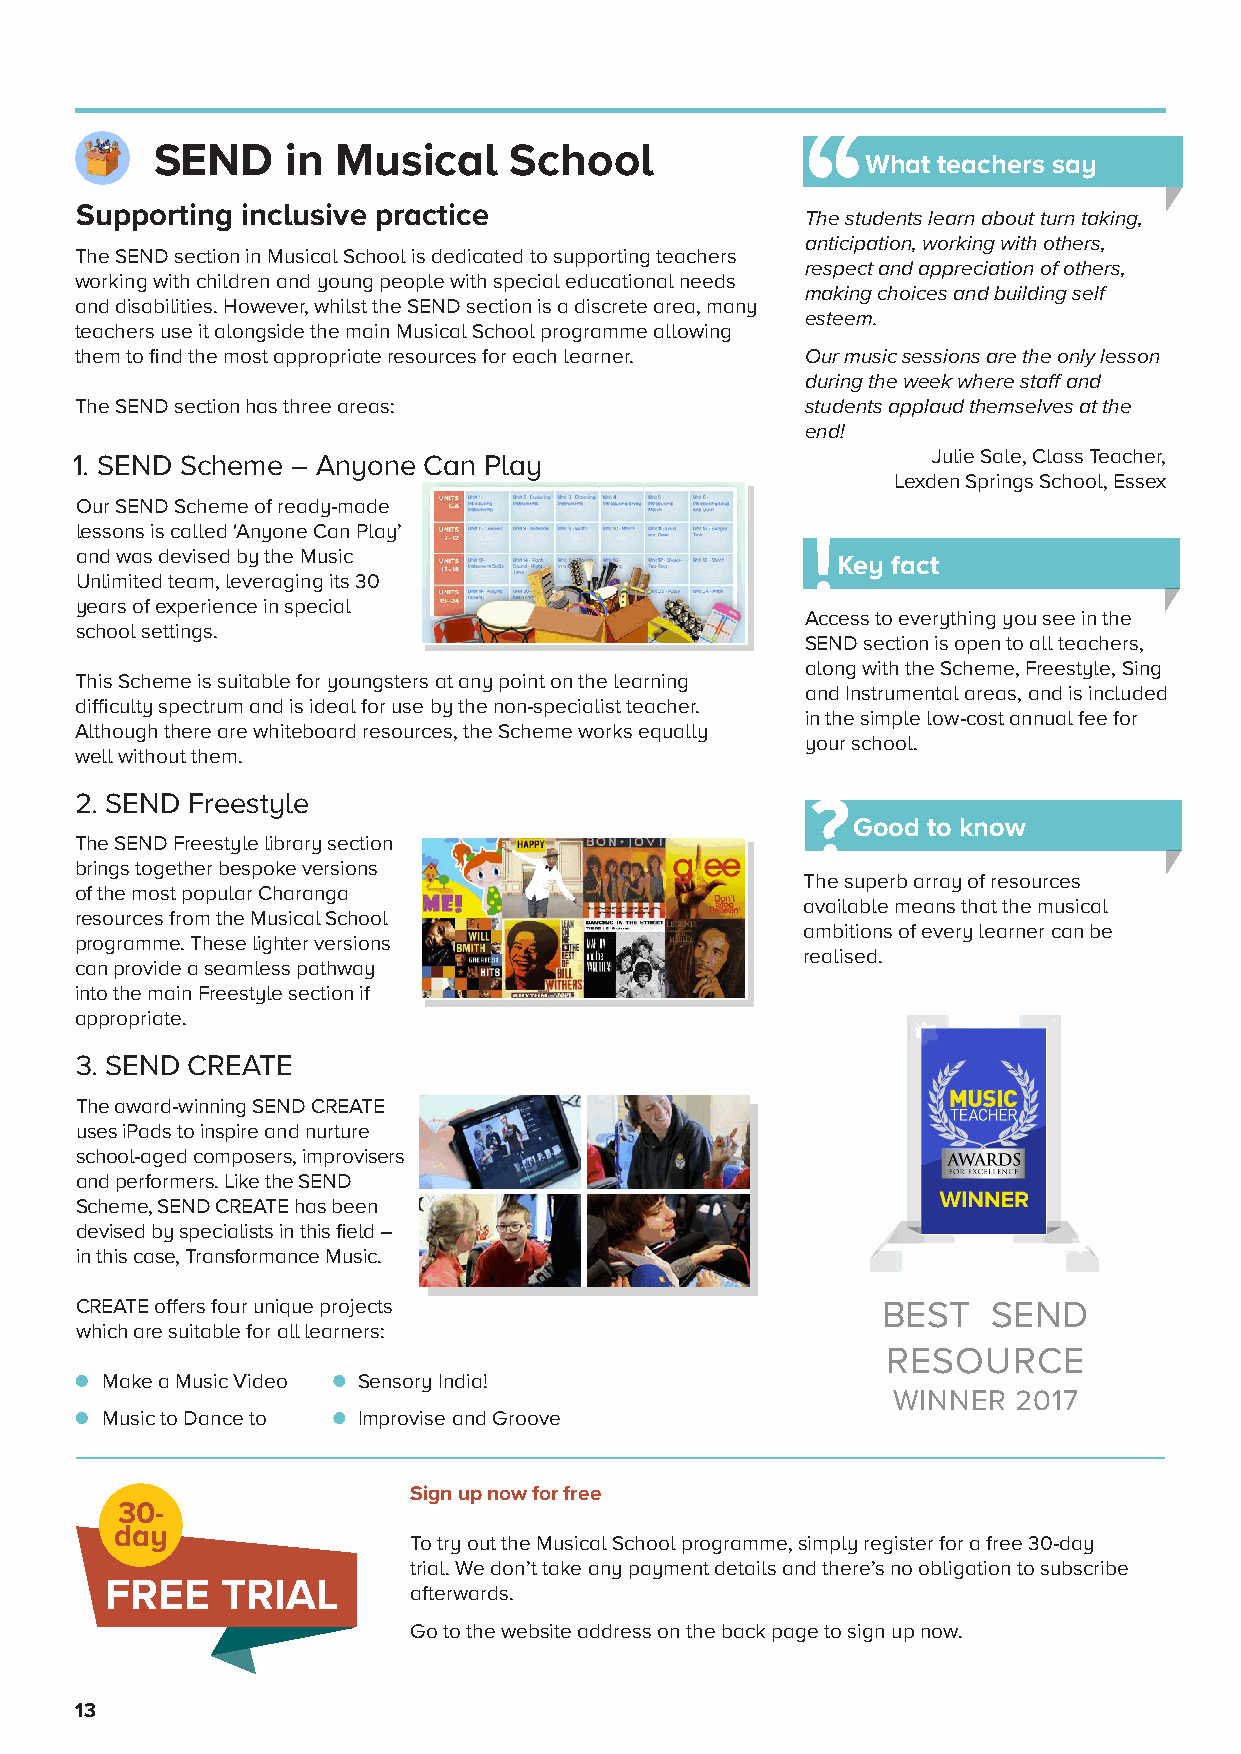
SEND     in Musical     School
 What teachers say
 Supporting inclusive practice                   The students learn about turn taking,
 anticipation, working with others,
 The SEND section in Musical School is dedicated to supporting teachers
 respect and appreciation of others,
 working with children and young people with special educational needs
 making choices and building self
 and disabilities. However, whilst the SEND section is a discrete area, many
 esteem.
 teachers use it alongside the main Musical School programme allowing
 them to find the most appropriate resources for each learner. Our music sessions are the only lesson
 during the week where staff and
 The SEND section has three areas:               students applaud themselves at the
 end!
 Julie Sale, Class Teacher,
 1. SEND Scheme – Anyone Can Play
 Lexden Springs School, Essex
 Our SEND Scheme of ready-made
 lessons is called ‘Anyone Can Play’
 and was devised by the Music
 Key fact
 Unlimited team, leveraging its 30
 years of experience in special
 Access to everything you see in the
 school settings.
 SEND section is open to all teachers,
 along with the Scheme, Freestyle, Sing
 This Scheme is suitable for youngsters at any point on the learning
 and Instrumental areas, and is included
 difficulty spectrum and is ideal for use by the non-specialist teacher.
 in the simple low-cost annual fee for
 Although there are whiteboard resources, the Scheme works equally
 your school.
 well without them.
 2. SEND Freestyle
 ?
 Good to know
 The SEND Freestyle library section
 brings together bespoke versions
 The superb array of resources
 of the most popular Charanga
 available means that the musical
 resources from the Musical School
 ambitions of every learner can be
 programme. These lighter versions
 realised.
 can provide a seamless pathway
 into the main Freestyle section if
 appropriate.
 3. SEND CREATE
 The award-winning SEND CREATE
 uses iPads to inspire and nurture
 school-aged composers, improvisers
 and performers. Like the SEND
 Scheme, SEND CREATE has been
 devised by specialists in this field –
 in this case, Transformance Music.
 CREATE offers four unique projects                   BEST    SEND
 which are suitable for all learners:
 RESOURCE
 Make a Music Video Sensory India!
 WINNER  2017
 Music to Dance to Improvise and Groove
 Sign up now for free
 30-
 day
 To try out the Musical School programme, simply register for a free 30-day
 trial. We don’t take any payment details and there’s no obligation to subscribe
 FREE    TRIAL       afterwards.
 Go to the website address on the back page to sign up now.
 13